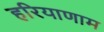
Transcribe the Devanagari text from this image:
हरियाणाम